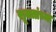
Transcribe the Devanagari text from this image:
सूक्तांच्या